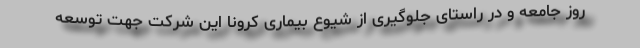
روز جامعه و در راستای جلوگیری از شیوع بیماری کرونا این شرکت جهت توسعه